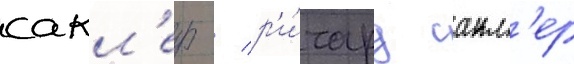
сакл'ер / р'и́чард сакл'ер